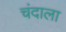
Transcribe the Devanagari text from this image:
चंदाला